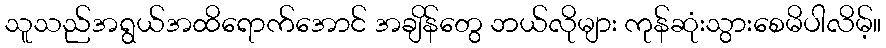
သူသည်အရွယ်အထိရောက်အောင် အချိန်တွေ ဘယ်လိုများ ကုန်ဆုံးသွားစေမိပါလိမ့်။